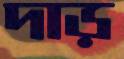
দাড়